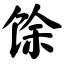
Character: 馀